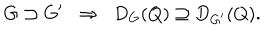
G \supset G ^ { \prime } \; \; \Rightarrow \; \; D _ { G } ( Q ) \supseteq D _ { G ^ { \prime } } ( Q ) .